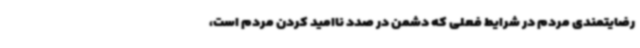
رضایتمندی مردم در شرایط فعلی که دشمن در صدد ناامید کردن مردم است،